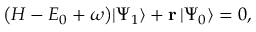
\begin{array} { r } { \big ( H - E _ { 0 } + \omega \big ) | \Psi _ { 1 } \rangle + \mathbf { r } \, | \Psi _ { 0 } \rangle = 0 , } \end{array}